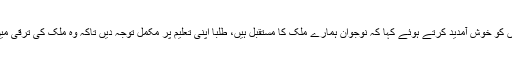
اس موقع پر صدرنے طالب علموں کو خوش آمدید کرتے ہوئے کہا کہ نوجوان ہمارے ملک کا مستقبل ہیں، طلبا اپنی تعلیم پر مکمل توجہ دیں تاکہ وہ ملک کی ترقی میں اپنا بھرپور کردار ادا کر سکیں۔